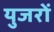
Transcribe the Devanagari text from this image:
युजरों